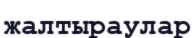
жалтыраулар